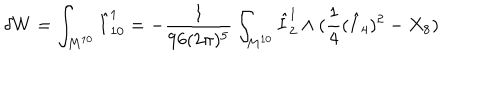
LaTeX: \delta W = \int _ { M ^ { 1 0 } } \hat { I } _ { 1 0 } ^ { 1 } = - \frac { 1 } { 9 6 ( 2 \pi ) ^ { 5 } } \int _ { M ^ { 1 0 } } \hat { I } _ { 2 } ^ { 1 } \wedge ( \frac { 1 } { 4 } ( \hat { I } _ { 4 } ) ^ { 2 } - X _ { 8 } )